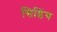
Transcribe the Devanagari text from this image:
सिडिंग